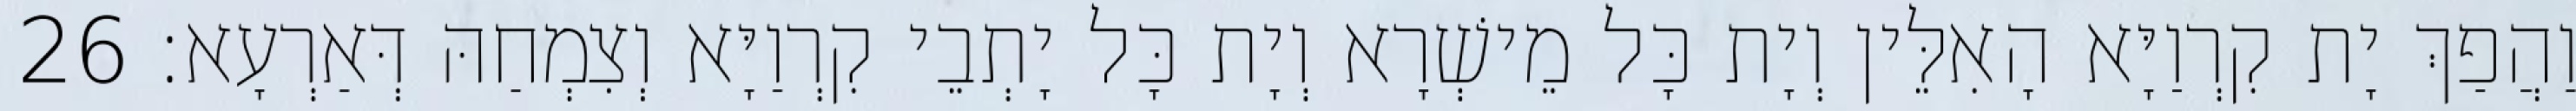
וַהֲפַךְ יָת קִרְוַיָּא הָאִלֵּין וְיָת כָּל מֵישְׁרָא וְיָת כָּל יָתְבֵי קִרְוַיָּא וְצִמְחַהּ דְּאַרְעָא׃ 26